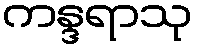
ကန္ဒရာသု